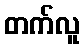
တက်လူ